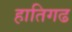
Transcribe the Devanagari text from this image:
हातिगढ